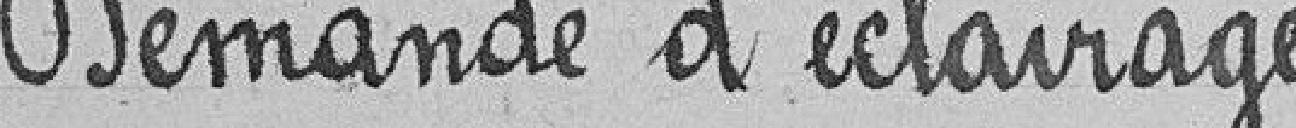
Demande d'éclairage